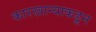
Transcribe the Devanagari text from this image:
कारखान्याकडून